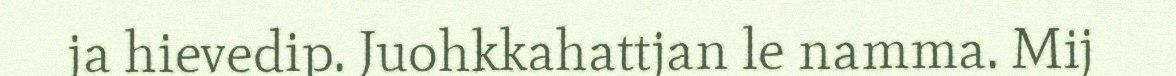
ja hievedip. Juohkkahattjan le namma. Mij